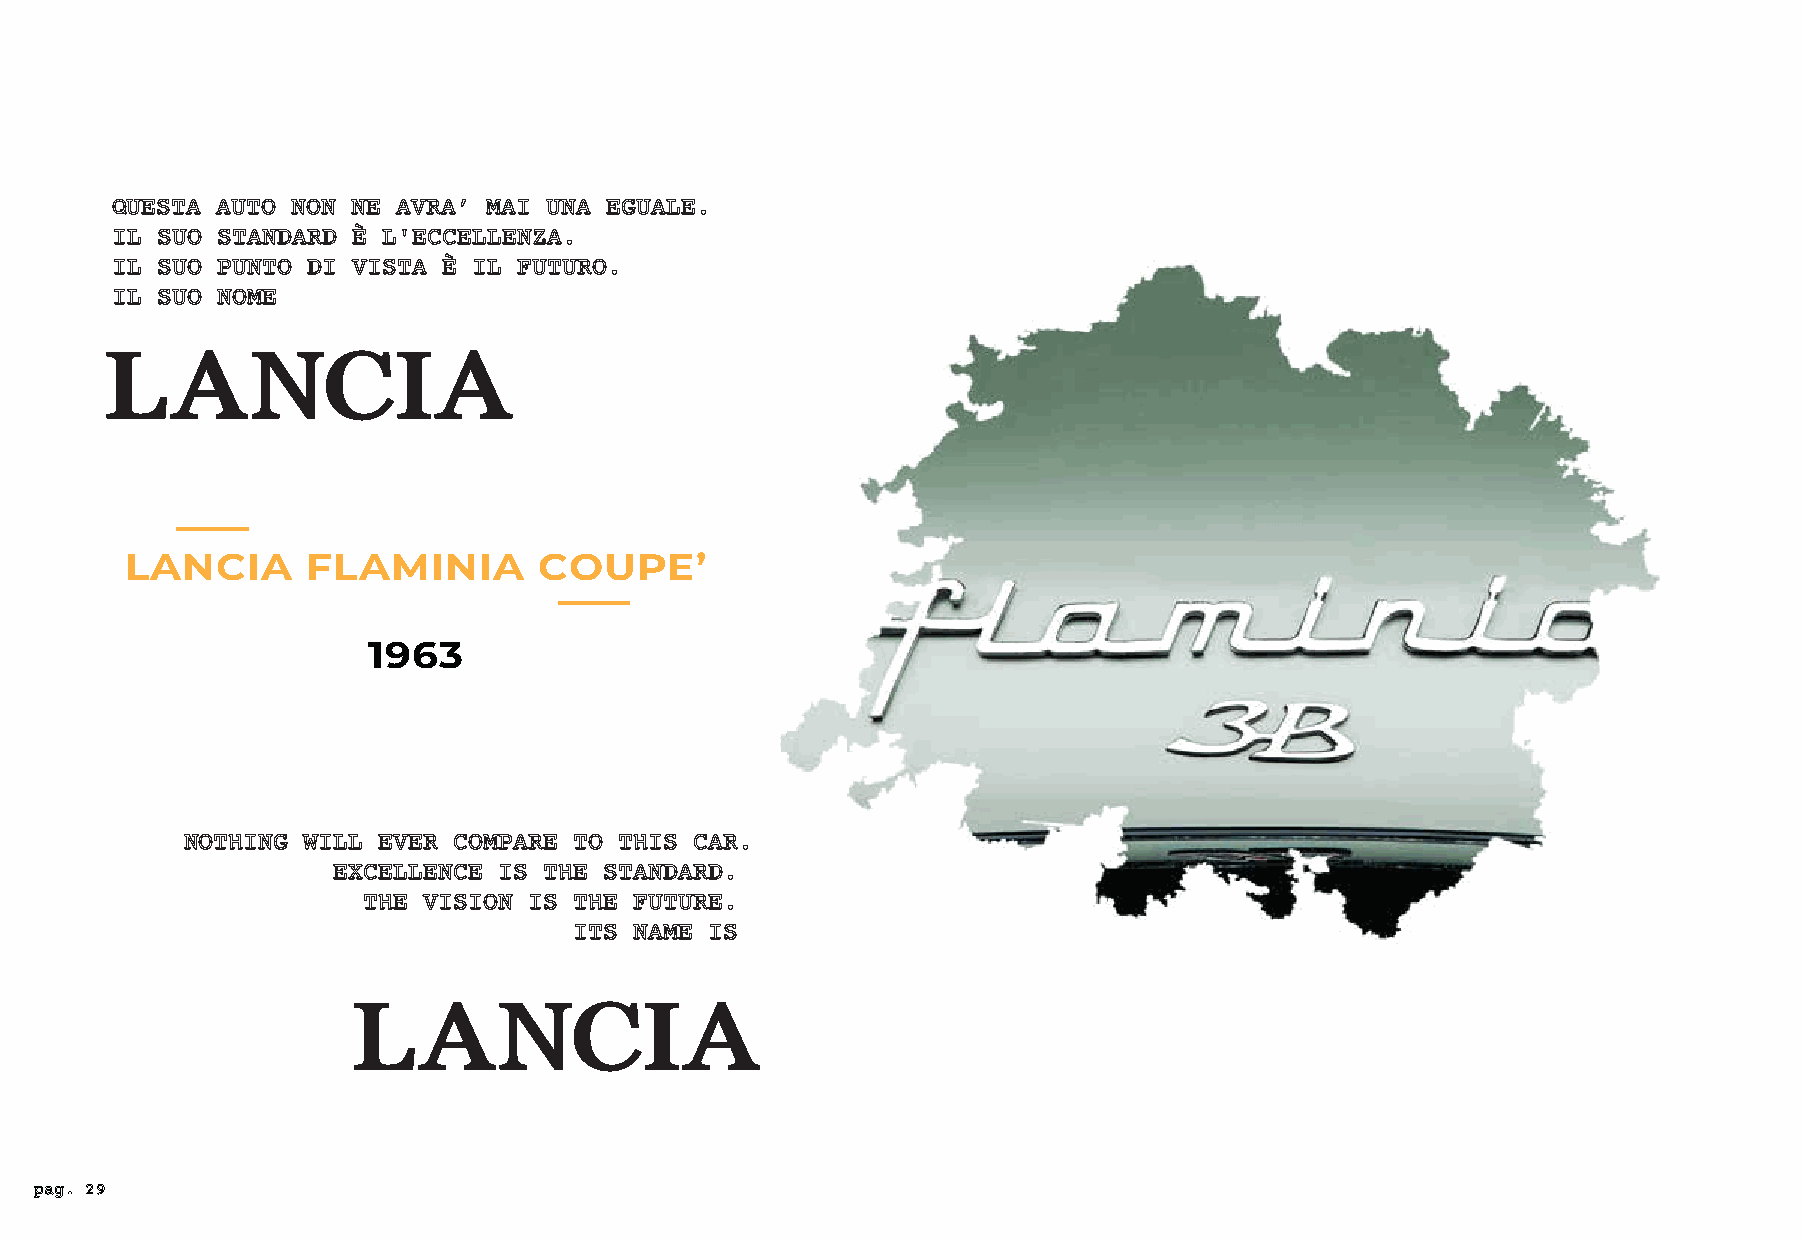
QUESTA AUTO NON NE AVRA’ MAI UNA EGUALE.
 IL SUO STANDARD È L'ECCELLENZA.
 IL SUO PUNTO DI VISTA È IL FUTURO.
 IL SUO NOME
 LANCIA
 LANCIA      FLAMINIA        COUPE’
 1963
 NOTHING WILL EVER COMPARE TO THIS CAR.
 EXCELLENCE IS THE STANDARD.
 THE VISION IS THE FUTURE.
 ITS NAME IS
 LANCIA
 pag. 29